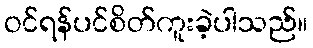
ဝင်ရန်ပင်စိတ်ကူးခဲ့ပါသည်။